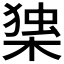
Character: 𭫅